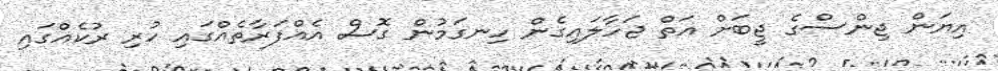
އިޔަން ޖިންސްގެ ޖީބަށް އަތް ޖަހާލައިގެން ހިނގަމުން ގޮސް އެއްފަރާތެއްގައި ހުރި ރުކެއްގައި